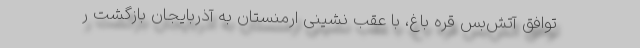
توافق آتش‌بس قره باغ، با عقب نشینی ارمنستان به آذربایجان بازگشت ر